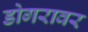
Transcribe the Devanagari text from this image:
डोगरावर